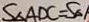
S _ { \Delta A D C } = S _ { \Delta }